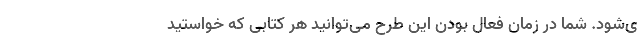
ی‌شود. شما در زمان فعال بودن این طرح می‌توانید هر کتابی که خواستید